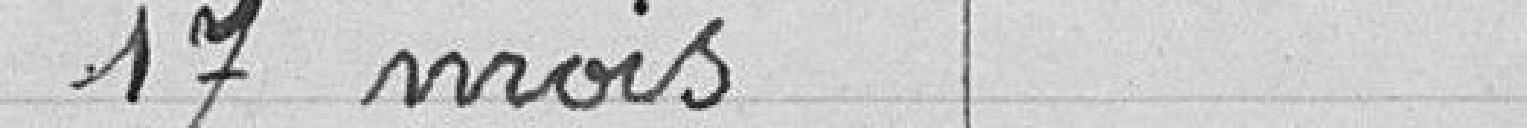
17 mois